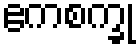
ဧကစက္ခု